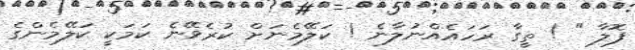
ފޮލާ " ! ތީގާ ރަހައެއްނުލާނެ ! ކަލޭމެނަށް ކުރެވޭނެ ކަމަކީ ކަލޭމެންގެ